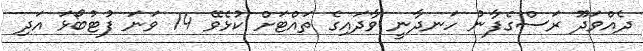
ދެއްވަދޫ ރަސްގެފާނު ހަނދާނީ ވާދައިގެ ތައްޓަށް ކުޅެވޭ 14 ވަނަ ފުޓުބޯޅަ އަދި